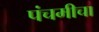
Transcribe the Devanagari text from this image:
पंचमीचा